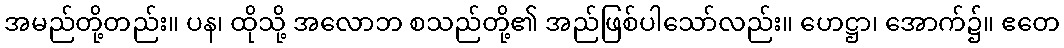
အမည်တို့တည်း။ ပန၊ ထိုသို့ အလောဘ စသည်တို့၏ အည်ဖြစ်ပါသော်လည်း။ ဟေဋ္ဌာ၊ အောက်၌။ ဧတေ